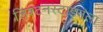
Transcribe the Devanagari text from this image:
लिश्टनस्टाइनला